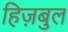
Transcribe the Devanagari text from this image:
हिज़बुल